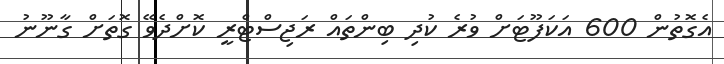
އެގޮތުން 600 އަކަފޫޓަށް ވުރެ ކުދި ބިންތައް ރަޖިސްޓްރީ ކޮށްދެވޭ ގޮތަށް ގާނޫނު